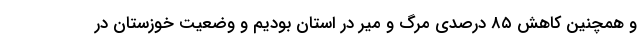
و همچنین کاهش ۸۵ درصدی مرگ و میر در استان بودیم و وضعیت خوزستان در